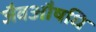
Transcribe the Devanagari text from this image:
जैवऔषधि